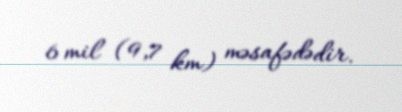
6 mil (9,7 km) məsafədədir.